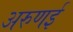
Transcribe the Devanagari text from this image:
अरुणई